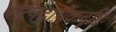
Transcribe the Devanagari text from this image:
सत्पदार्थैकदृष्टिः